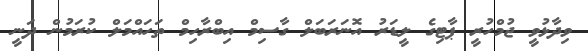
ވިދާޅުވީ ޖުމްހުރީ ޕާޓިގެ ލީޑަރު އޮނަރަބަލް ގާސިމް އިބްރާހިމް ތަހައްމަލް ކުރަމުން ދަނީ